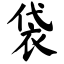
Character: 袋